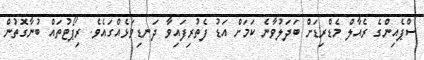
ސްޕެއިންގެ ރެއާލް މެޑްރިޑަށް ބަދަލުވާނެ ކަމަށް އަޑު ފެތުރިފައިވާ ދަނޑިވަޅެއްގައެވެ. ރިޕޯޓުތައް ބުނާގޮތުން